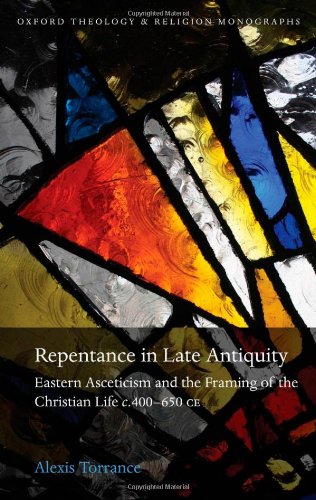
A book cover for Repentance in Late Antiquity: Eastern Asceticism and the Framing of the Christian Life c.400-650 CE (Oxford Theology and Religion Monographs); Alexis C. Torrance; Crafts, Hobbies & Home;